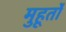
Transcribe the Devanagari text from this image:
मुहूर्तो